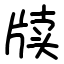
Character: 牍